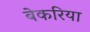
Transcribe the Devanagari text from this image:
बेकरिया